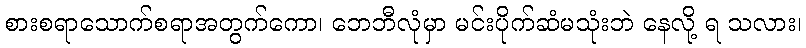
စားစရာသောက်စရာအတွက်ကော၊ ဘေဘီလုံမှာ မင်းပိုက်ဆံမသုံးဘဲ နေလို့ ရ သလား၊